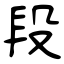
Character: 段